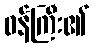
ဝန်ကြီး၏